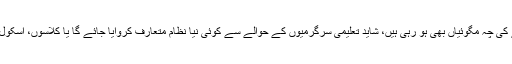
ستمبر سے تعلیمی اداروں کو جزوی طور پر کھولنے کی چہ مگوئیاں بھی ہو رہی ہیں، شاید تعلیمی سرگرمیوں کے حوالے سے کوئی نیا نظام متعارف کروایا جائے گا یا کلاسوں، اسکول اور بسوں میں طلبا کی تعداد محدود کردی جائے گی۔